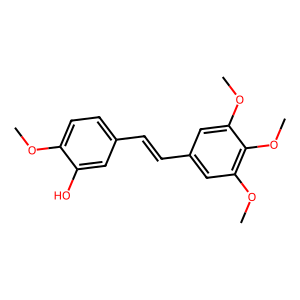
SMILES: COc1ccc(C=Cc2cc(OC)c(OC)c(OC)c2)cc1O
Inhibits HIV replication: No